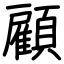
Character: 顧